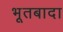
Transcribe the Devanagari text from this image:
भूतबादा